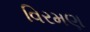
વિરમણ